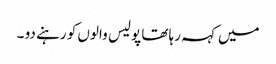
میں کہہ رہا تھا پولیس والوں کو رہنے دو ۔